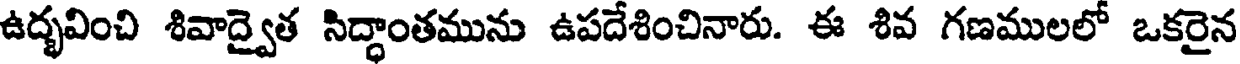
ఉద్భవించి శివాద్వైత సిద్ధాంతమును ఉపదేశించినారు. ఈ శివ గణములలో ఒకరైన